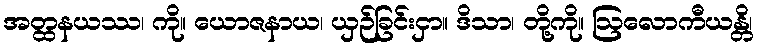
အတ္ထနယဿ၊ ကို။ ယောဇနာယ၊ ယှဉ်ခြင်းငှာ။ ဒိသာ၊ တို့ကို။ ဩလောကီယန္တိ၊